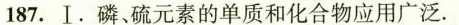
187.Ⅰ.磷、硫元素的单质和化合物应用广泛.